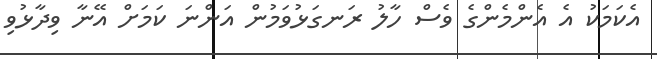
އެކަމަކު އެ އެންމެންގެ ވެސް ހާލު ރަނގަޅުވަމުން އަންނަ ކަމަށް އޭނާ ވިދާޅުވި